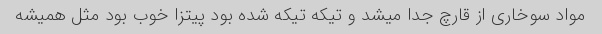
مواد سوخاری از قارچ جدا میشد و تیکه تیکه شده بود پیتزا خوب بود مثل همیشه